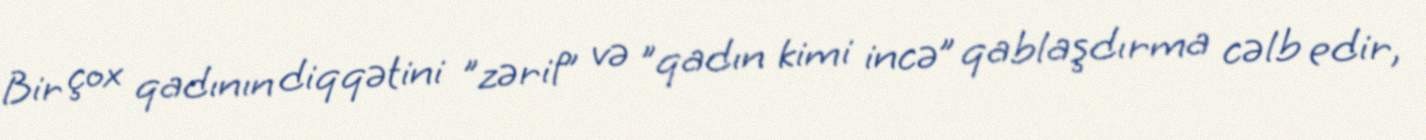
Bir çox qadının diqqətini "zərif” və "qadın kimi incə” qablaşdırma cəlb edir,